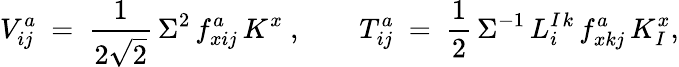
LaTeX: V_{ij}^{a}\ =\ \frac{1}{2\sqrt 2}\, \Sigma^{2}\, f_{xij}^{a}\, K^{x}~,\qquad T_{ij}^{a}\ =\ \frac 12\, \Sigma^{-1}\, L_{i}^{I}{}^{k}\, f_{xkj}^{a}\, K_{I}^{x},